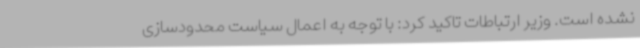
نشده است. وزیر ارتباطات تاکید کرد: با توجه به اعمال سیاست محدودسازی